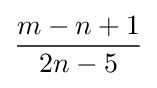
{\frac {m-n+1}{2n-5}}